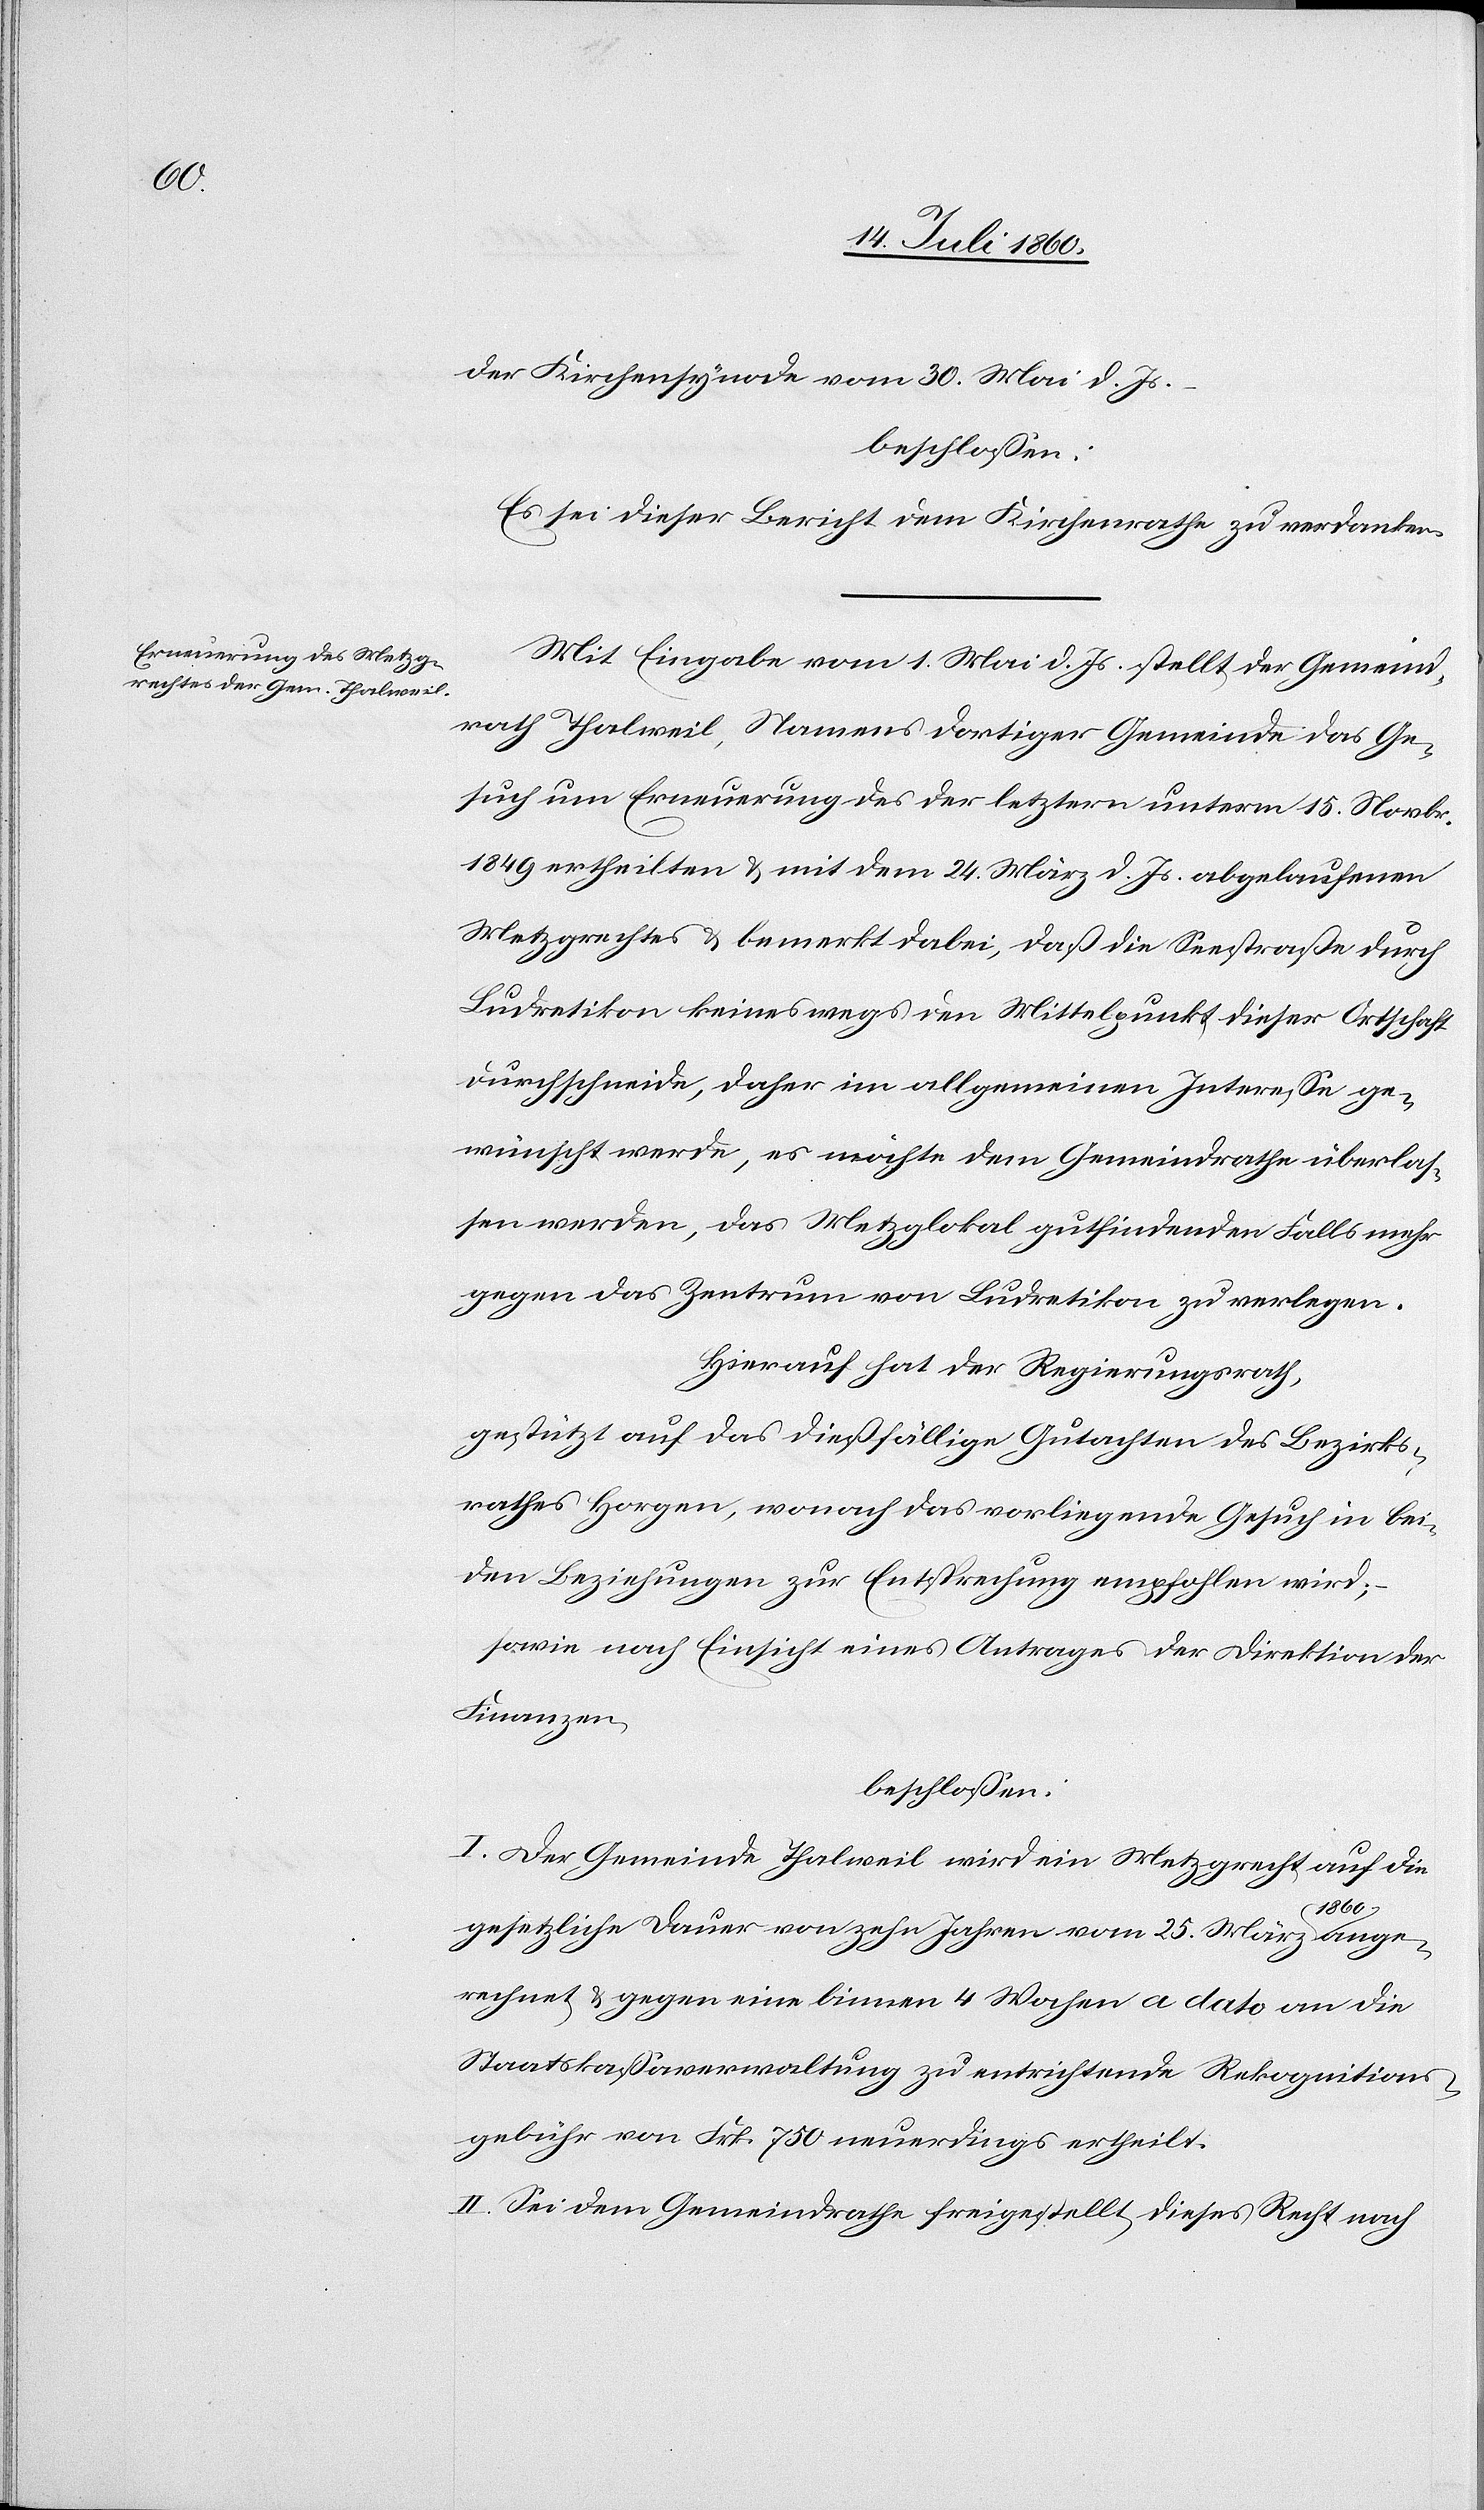
der Kirchensynode vom 30. Mai d. Js.
beschlossen:
Es sei dieser Bericht dem Kirchenrathe zu verdanken.
Mit Eingabe vom 1. Mai d. Js. stellt der Gemeind¬
rath Thalweil, Namens dortiger Gemeinde das Ge¬
such um Erneuerung des der letztern unterm 15. Novbr.
1849 ertheilten & mit dem 24. März d. Js. abgelaufenen
Metzgrechtes & bemerkt dabei, daß die Seestraße durch
Ludretikon keineswegs den Mittelpunkt dieser Ortschaft
durchschneide, daher im allgemeinen Interesse ge¬
wünscht werde, es möchte dem Gemeindrathe überlas¬
sen werden, das Metzglokal gutfindenden Falls mehr
gegen das Zentrum von Ludretikon zu verlegen.
Hierauf hat der Regierungsrath,
gestützt auf das dießfällige Gutachten des Bezirks¬
rathes Horgen, wonach das vorliegende Gesuch in bei¬
den Beziehungen zur Entsprechung empfohlen wird;
sowie nach Einsicht eines Antrages der Direktion der
Finanzen,
beschlossen:
I. Der Gemeinde Thalweil wird ein Metzgrecht auf die
gesetzliche Dauer von zehn Jahren vom 25. März 1860 an ge¬
rechnet & gegen eine binnen 4 Wochen a dato an die
Staatskassaverwaltung zu entrichtende Rekognitions¬
gebühr von Frk. 750 neuerdings ertheilt.
II. Sei dem Gemeindrathe freigestellt, dieses Recht nach